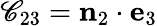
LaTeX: \mathscr{C}_{23}=\mathbf{{n}}_{2}\cdot\mathbf{{e}}_{3}